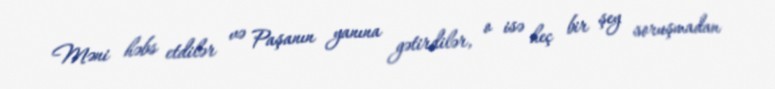
Məni həbs etdilər və Paşanın yanına gətirdilər, o isə heç bir şey soruşmadan